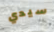
سيدي